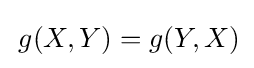
\,g(X,Y)=g(Y,X)